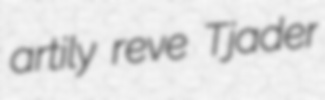
artily reve Tjader